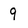
Character: 9